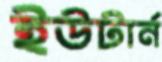
ইউটার্ন